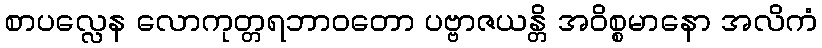
စာပလ္လေန လောကုတ္တရဘာဝတော ပဗ္ဗာဇယန္တိ အဝိစ္စမာနော အလိကံ